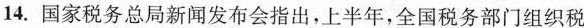
14.国家税务总局新闻发布会指出，上半年，全国税务部门组织税